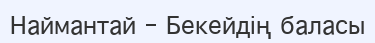
Наймантай - Бекейдің баласы